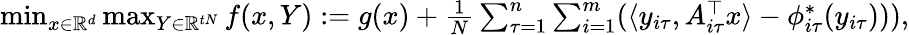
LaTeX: \begin{array}{r}{\operatorname*{min}_{x\in\mathbb{R}^{d}}\operatorname*{max}_{Y\in\mathbb{R}^{tN}}f(x,Y)\; {:=}\; g(x)+\frac{1}{N}\sum_{\tau=1}^{n}\sum_{i=1}^{m}(\langle y_{i\tau},A_{i\tau}^{\top}x\rangle-\phi_{i\tau}^{*}(y_{i\tau}))),}\end{array}